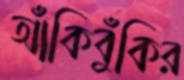
আঁকিবুঁকির